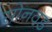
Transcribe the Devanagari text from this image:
सोनवड